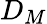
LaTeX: D_{M}